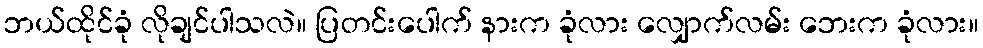
ဘယ်ထိုင်ခုံ လိုချင်ပါသလဲ။ ပြတင်းပေါက် နားက ခုံလား လျှောက်လမ်း ဘေးက ခုံလား။